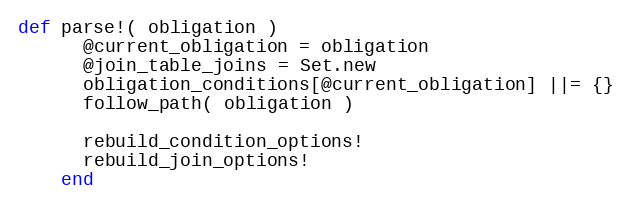
Language: Ruby
def parse!( obligation )
      @current_obligation = obligation
      @join_table_joins = Set.new
      obligation_conditions[@current_obligation] ||= {}
      follow_path( obligation )

      rebuild_condition_options!
      rebuild_join_options!
    end